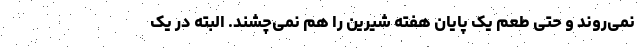
نمی‌روند و حتی طعم یک پایان هفته شیرین را هم نمی‌چشند. البته در یک